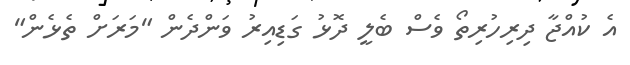
އެ ކުއްޖާ ދިރިހުރިތޯ ވެސް ބެލީ ދޮޅު ގަޑިއިރު ވަންދެން "މަރަށް ތެޅެން"